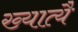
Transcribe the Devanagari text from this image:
ख्यात्यै